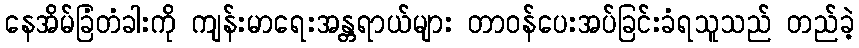
နေအိမ်ခြံတံခါးကို ကျန်းမာရေးအန္တရာယ်များ တာဝန်ပေးအပ်ခြင်းခံရသူသည် တည်ခဲ့